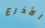
الأذرع